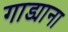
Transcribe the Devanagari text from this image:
गाड्याना